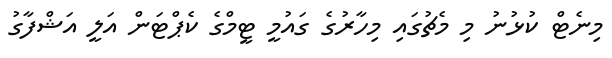
މިނެޓް ކުޅުނު މި މެޗުގައި މިހާރުގެ ގައުމީ ޓީމްގެ ކެޕްޓަން އަލީ އަޝްފާގު